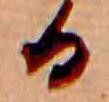
る